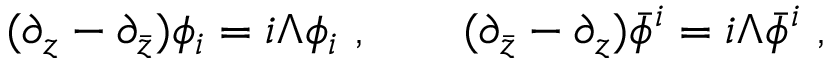
( \partial _ { z } - \partial _ { \bar { z } } ) \phi _ { i } = i \Lambda \phi _ { i } \ , \qquad ( \partial _ { \bar { z } } - \partial _ { z } ) \bar { \phi } ^ { i } = i \Lambda \bar { \phi } ^ { i } \ ,